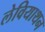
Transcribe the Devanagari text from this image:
लेवियाथन